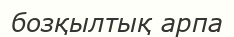
бозқылтық арпа